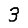
Digit: 3